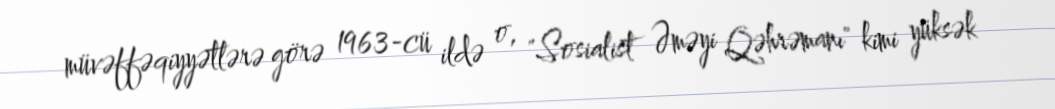
müvəffəqiyyətlərə görə 1963-cü ildə o, "Sosialist Əməyi Qəhrəmanı" kimi yüksək